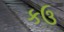
કઉ